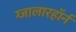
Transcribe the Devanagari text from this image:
ग्जालारहॉर्न